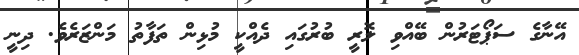
އޭނާގެ ސަޕޯޓަރުން ބޭއްވި ލޮރީ ބުރުގައި ދެއްކީ މުޅިން ތަފާތު މަންޒަރެވެ. ދިނީ